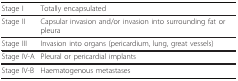
<table><thead><tr><td><b>Stage I</b></td><td><b>Totally encapsulated</b></td></tr></thead><tbody><tr><td>Stage II</td><td>Capsular invasion and/or invasion into surrounding fat or pleura</td></tr><tr><td>Stage III</td><td>Invasion into organs (pericardium, lung, great vessels)</td></tr><tr><td>Stage IV-A</td><td>Pleural or pericardial implants</td></tr><tr><td>Stage IV-B</td><td>Haematogenous metastases</td></tr></tbody></table>